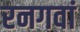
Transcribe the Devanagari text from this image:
रनगवां